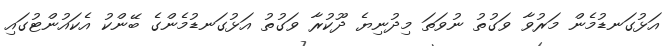
އަޅުގަނޑުމެން މަރުވާ ވަގުތު ނުވަތަ މިދުނިޔެ ދޫކުރާ ވަގުތު އަޅުގަނޑުމެންގެ ބޭންކު އެކައުންޓުގައި